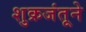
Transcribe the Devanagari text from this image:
शुक्रजंतूने